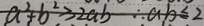
a ^ { 2 } + b ^ { 2 } \geq 2 a b \therefore a - b \leq 2